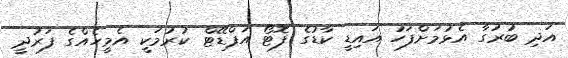
އަދި ބުރުގާ އެޅުމަށްފަހު އައިޑީ ކާޑުގެ ފޮޓޯ އަޕްޑޭޓް ކުރުމަކީ އެމީހެއްގެ ފަރުދީ